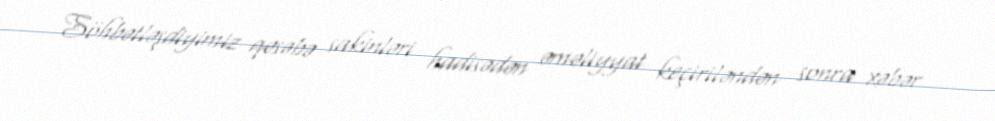
Söhbətləşdiyimiz qəsəbə sakinləri hadisədən əməliyyat keçiriləndən sonra xəbər